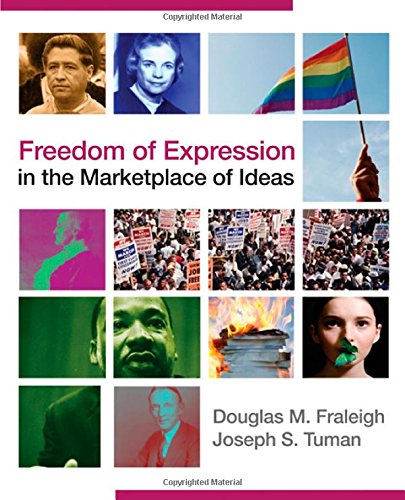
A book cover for Freedom of Expression in the Marketplace of Ideas; Douglas Fraleigh; Law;